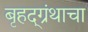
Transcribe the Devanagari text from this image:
बृहद्‌ग्रंथाचा